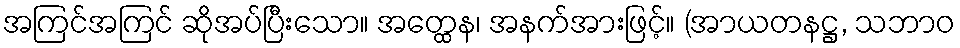
အကြင်အကြင် ဆိုအပ်ပြီးသော။ အတ္ထေန၊ အနက်အားဖြင့်။ (အာယတနဋ္ဌ, သဘာဝ